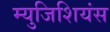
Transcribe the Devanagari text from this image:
म्युजिशियंस